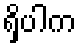
ရှိပါက